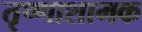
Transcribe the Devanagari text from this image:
तृष्णाशामक